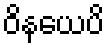
ဝိနယေပိ